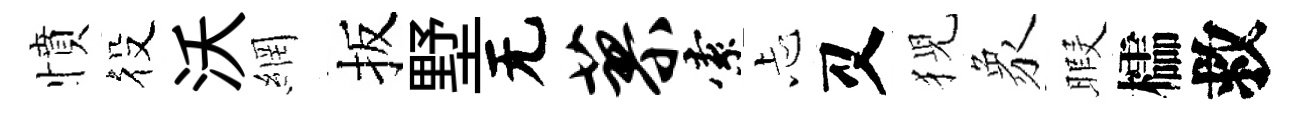
憤役沃網扳墅无蓼索忐又猊象暇櫺救